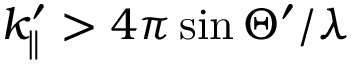
k _ { \parallel } ^ { \prime } > 4 \pi \sin \Theta ^ { \prime } / \lambda